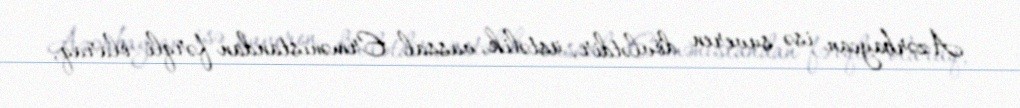
Azərbaycan isə suveren dövlətdir, üstəlik, vassal Ermənistandan fərqli olaraq,